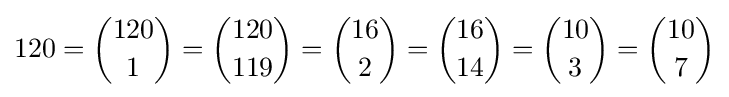
120={120 \choose 1}={120 \choose 119}={16 \choose 2}={16 \choose 14}={10 \choose 3}={10 \choose 7}